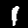
Label: 1